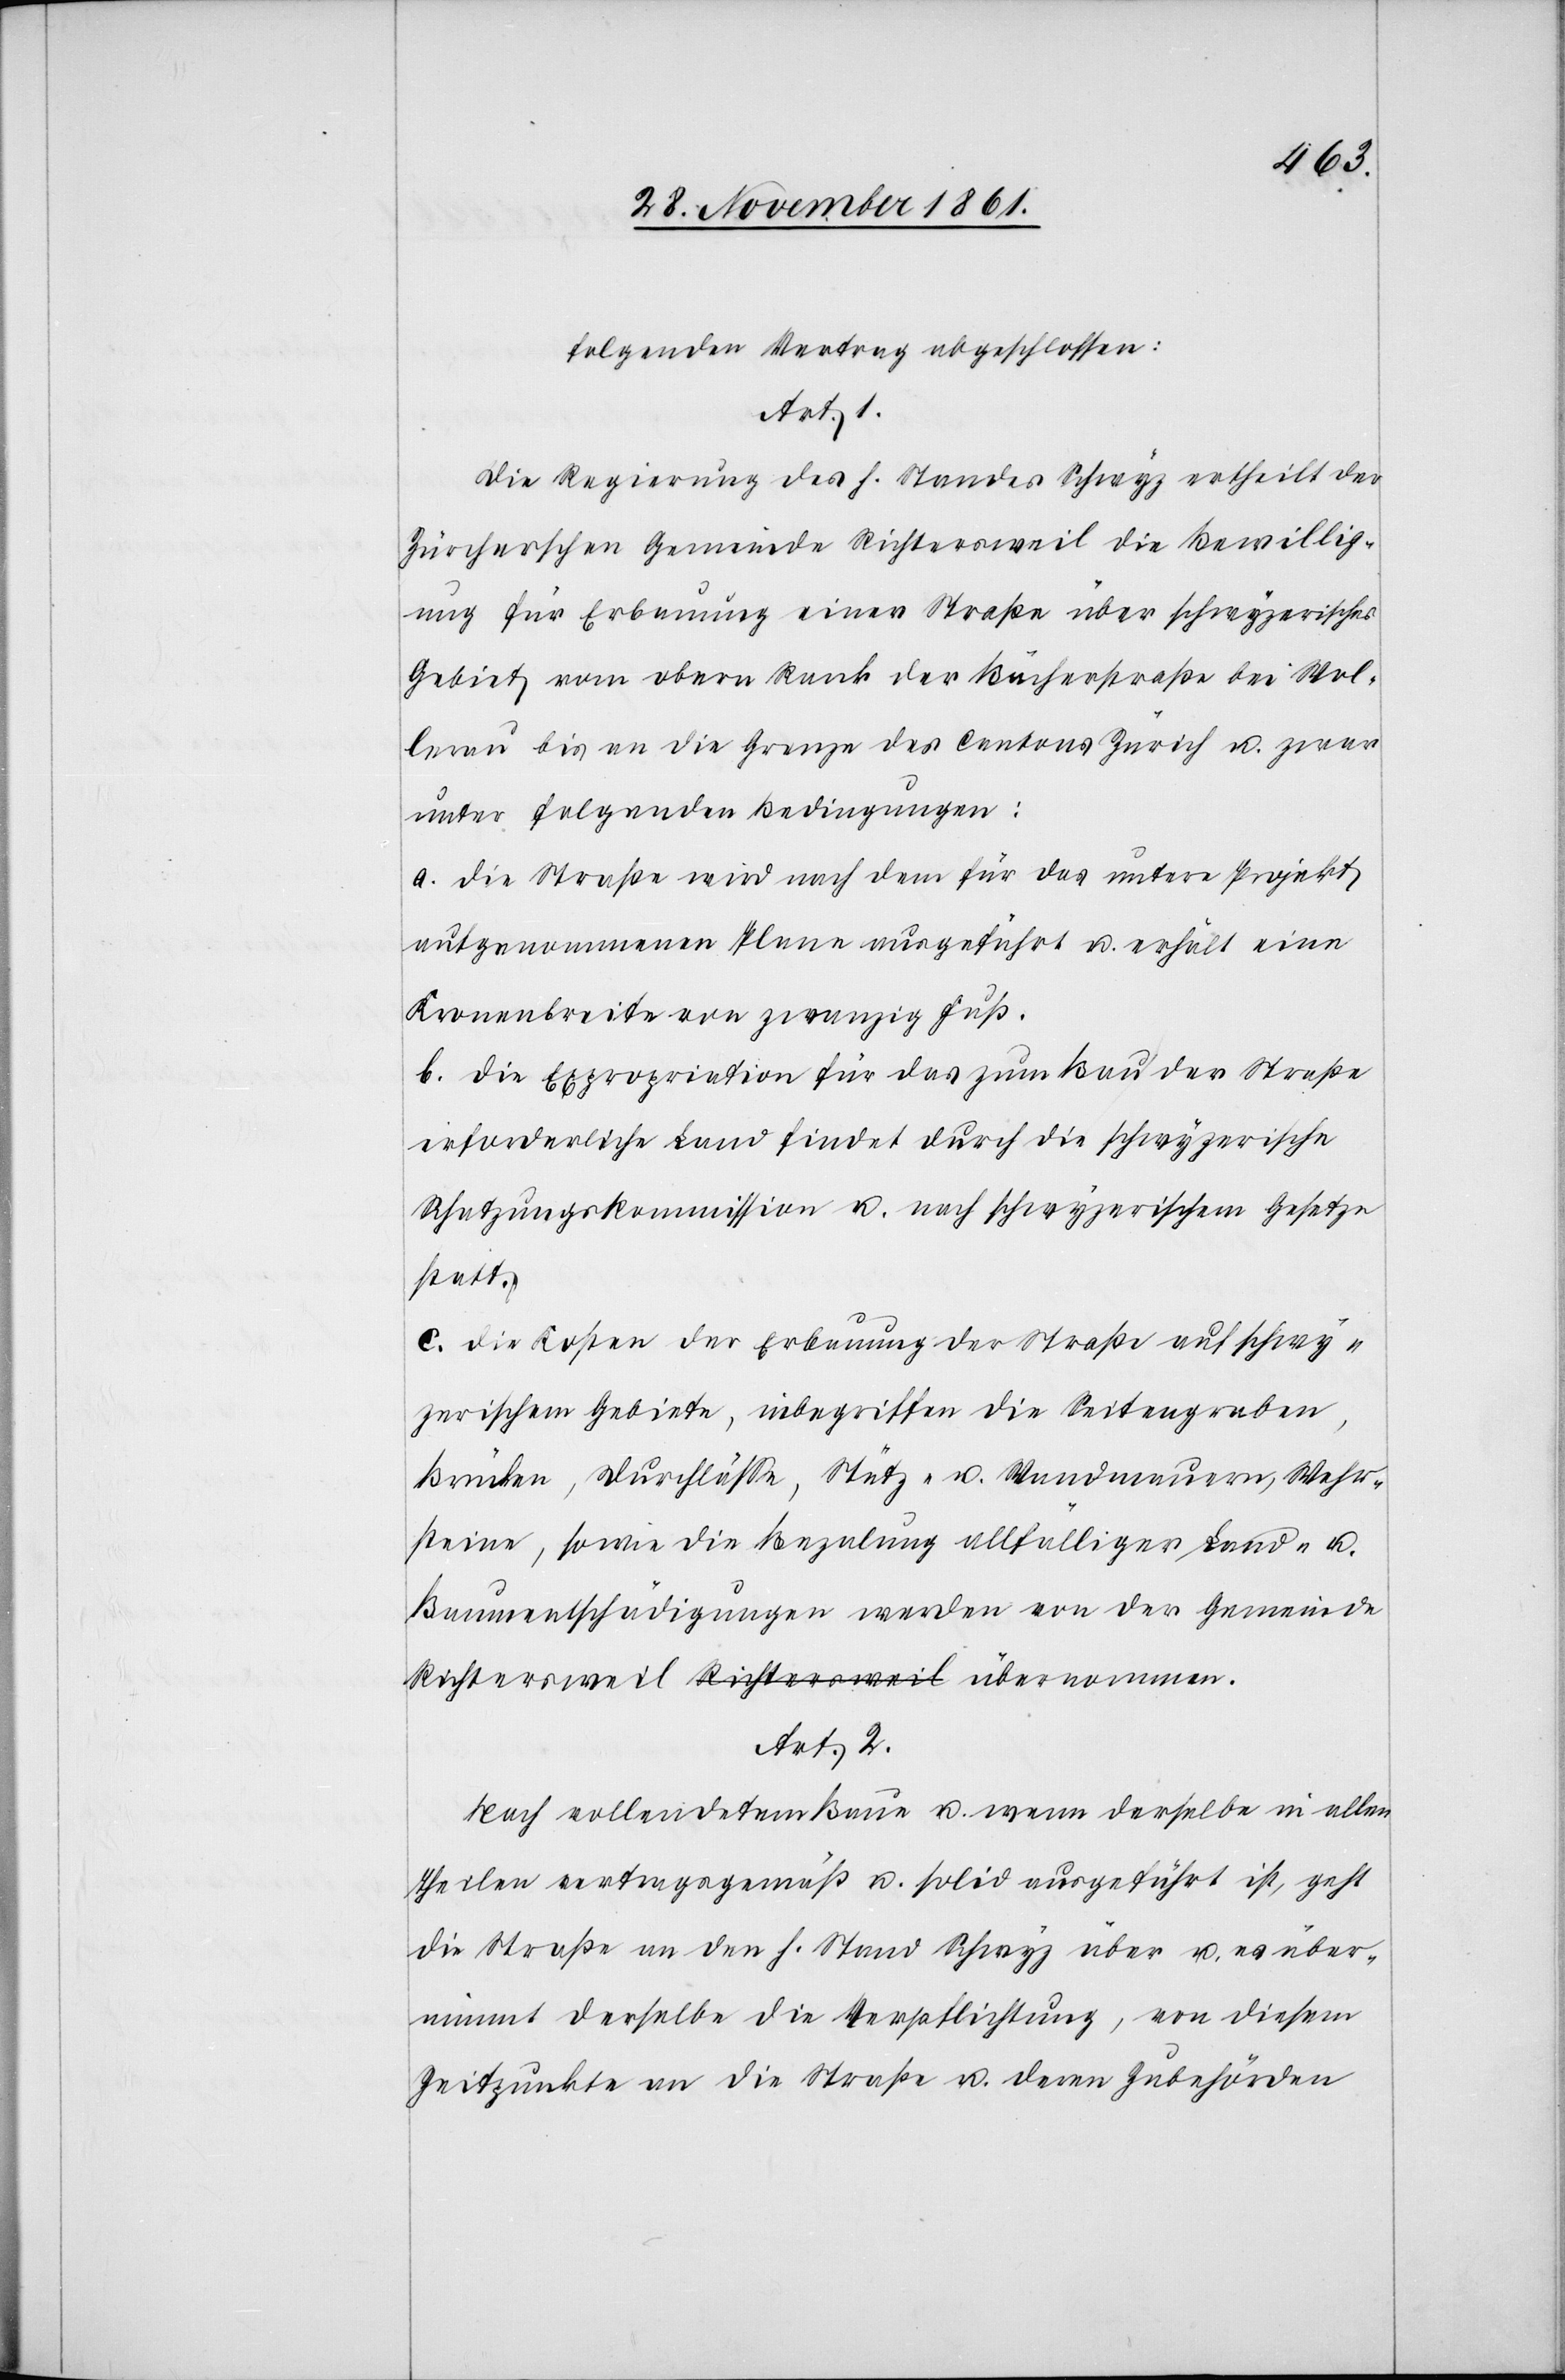
folgenden Vertrag abgeschlossen:
Art. 1.
Die Regierung des h. Standes Schwyz ertheilt der
Zürcherschen Gemeinde Richtersweil die Bewillig¬
ung für Erbauung einer Straße über schwyzerisches
Gebiet vom obern Rank der Bächlerstraße bei Wol¬
lerau bis an die Grenze des Cantons Zürich u. zwar
unter folgenden Bedingungen:
a. die Straße wird nach dem für das untere Projekt
aufgenommenen Plane ausgeführt u. erhält eine
Kronenbreite von zwanzig Fuß.
b. die Expropriation für das zum Bau der Straße
erforderliche Land findet durch die schwyzerische
Schatzungskommission u. nach schwyzerischem Gesetze
statt.
c. die Kosten der Erbauung der Straße auf schwy¬
zerischem Gebiete, inbegriffen die Seitengraben,
Brücken, Durchflüße, Stütz- u. Wandmauern, Wehr¬
steine, sowie die Bezalung allfälliger Land- u.
Bauentschädigungen werden von der Gemeinde
Art. 2.
Nach vollendetem Baue u. wenn derselbe in allen
Theilen vertragsgemäß u. solid ausgeführt ist, geht
die Straße an den h. Stand Schwyz über u. es über¬
nimmt derselbe die Verpflichtung, von diesem
Zeitpunkte an die Straße u. deren Zubehörden